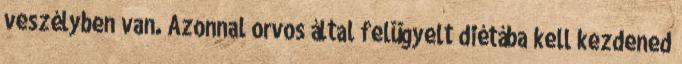
veszélyben van. Azonnal orvos által felügyelt diétába kell kezdened